Indian journal of veterinary science and animal husbandry - Volume 14,
Year: 1944
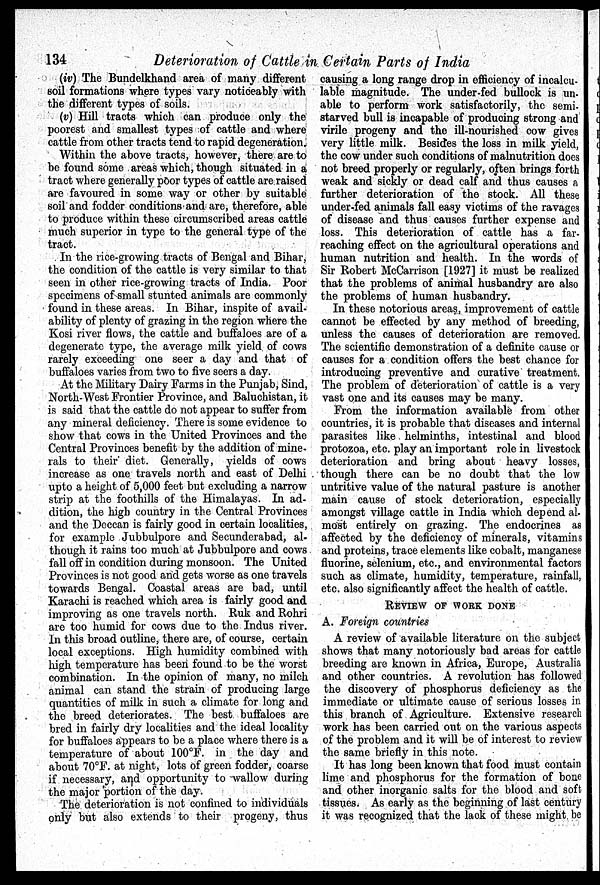
134
Deterioration of Cattle in Certain Parts of India
(iv) The Bundelkhand area of many different
soil formations where types vary noticeably with
the different types of soils.
(v) Hill tracts which can produce only the
poorest and smallest types of cattle and where
cattle from other tracts tend to rapid degeneration.
Within the above tracts, however, there are to
be found some areas which, though situated in a
tract where generally poor types of cattle are raised
are favoured in some way or other by suitable
soil and fodder conditions and are, therefore, able
to produce within these circumscribed areas cattle
much superior in type to the general type of the
tract.
In the rice-growing tracts of Bengal and Bihar,
the condition of the cattle is very similar to that
seen in other rice-growing tracts of India. Poor
specimens of small stunted animals are commonly
found in these areas. In Bihar, inspite of avail-
ability of plenty of grazing in the region where the
Kosi river flows, the cattle and buffaloes are of a
degenerate type, the average milk yield of cows
rarely exceeding one seer a day and that of
buffaloes varies from two to five seers a day.
At the Military Dairy Farms in the Punjab, Sind,
North-West Frontier Province, and Baluchistan, it
is said that the cattle do not appear to suffer from
any mineral deficiency. There is some evidence to
show that cows in the United Provinces and the
Central Provinces benefit by the addition of mine-
rals to their diet. Generally, yields of cows
increase as one travels north and east of Delhi
upto a height of 5,000 feet but excluding a narrow
strip at the foothills of the Himalayas. In ad-
dition, the high country in the Central Provinces
and the Deccan is fairly good in certain localities,
for example Jubbulpore and Secunderabad, al-
though it rains too much at Jubbulpore and cows
fall off in condition during monsoon. The United
Provinces is not good and gets worse as one travels
towards Bengal. Coastal areas are bad, until
Karachi is reached which area is fairly good and
improving as one travels north. Ruk and Rohri
are too humid for cows due to the Indus river.
In this broad outline, there are, of course, certain
local exceptions. High humidity combined with
high temperature has been found to be the worst
combination. In the opinion of many, no milch
animal can stand the strain of producing large
quantities of milk in such a climate for long and
the breed deteriorates. The best buffaloes are
bred in fairly dry localities and the ideal locality
for buffaloes appears to be a place where there is a
temperature of about 100°F. in the day and
about 70°F. at night, lots of green fodder, coarse
if necessary, and opportunity to wallow during
the major portion of the day.
The deterioration is not confined to individuals
only but also extends to their progeny, thus
causing a long range drop in efficiency of incalcu-
lable magnitude. The under-fed bullock is un-
able to perform work satisfactorily, the semi-
starved bull is incapable of producing strong and
virile progeny and the ill-nourished cow gives
very little milk. Besides the loss in milk yield,
the cow under such conditions of malnutrition does
not breed properly or regularly, often brings forth
weak and sickly or dead calf and thus causes a
further deterioration of the stock. All these
under-fed animals fall easy victims of the ravages
of disease and thus causes further expense and
loss. This deterioration of cattle has a far-
reaching effect on the agricultural operations and
human nutrition and health. In the words of
Sir Robert McCarrison [1927] it must be realized
that the problems of animal husbandry are also
the problems of human husbandry.
In these notorious areas, improvement of cattle
cannot be effected by any method of breeding,
unless the causes of deterioration are removed.
The scientific demonstration of a definite cause or
causes for a condition offers the best chance for
introducing preventive and curative treatment.
The problem of deterioration of cattle is a very
vast one and its causes may be many.
From the information available from other
countries, it is probable that diseases and internal
parasites like helminths, intestinal and blood
protozoa, etc. play an important role in livestock
deterioration and bring about heavy losses,
though there can be no doubt that the low
untritive value of the natural pasture is another
main cause of stock deterioration, especially
amongst village cattle in India which depend al-
most entirely on grazing. The endocrines as
affected by the deficiency of minerals, vitamins
and proteins, trace elements like cobalt, manganese
fluorine, selenium, etc., and environmental factors
such as climate, humidity, temperature, rainfall,
etc. also significantly affect the health of cattle.
REVIEW OF WORK DONE
A. Foreign countries
A review of available literature on the subject
shows that many notoriously bad areas for cattle
breeding are known in Africa, Europe, Australia
and other countries. A revolution has followed
the discovery of phosphorus deficiency as the
immediate or ultimate cause of serious losses in
this branch of Agriculture. Extensive research
work has been carried out on the various aspects
of the problem and it will be of interest to review
the same briefly in this note.
It has long been known that food must contain
lime and phosphorus for the formation of bone
and other inorganic salts for the blood and soft
tissues. As early as the beginning of last century
it was recognized that the lack of these might be